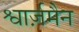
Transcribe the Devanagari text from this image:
श्वार्ज़मैन